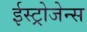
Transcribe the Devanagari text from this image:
ईस्ट्रोजेन्स